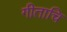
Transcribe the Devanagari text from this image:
गीताचि